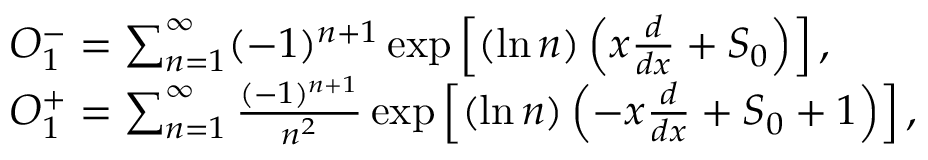
\begin{array} { r l } & { O _ { 1 } ^ { - } = \sum _ { n = 1 } ^ { \infty } ( - 1 ) ^ { n + 1 } \exp \left[ ( \ln n ) \left( x \frac { d } { d x } + S _ { 0 } \right) \right] , } \\ & { O _ { 1 } ^ { + } = \sum _ { n = 1 } ^ { \infty } \frac { ( - 1 ) ^ { n + 1 } } { n ^ { 2 } } \exp \left[ ( \ln n ) \left( - x \frac { d } { d x } + S _ { 0 } + 1 \right) \right] , } \end{array}